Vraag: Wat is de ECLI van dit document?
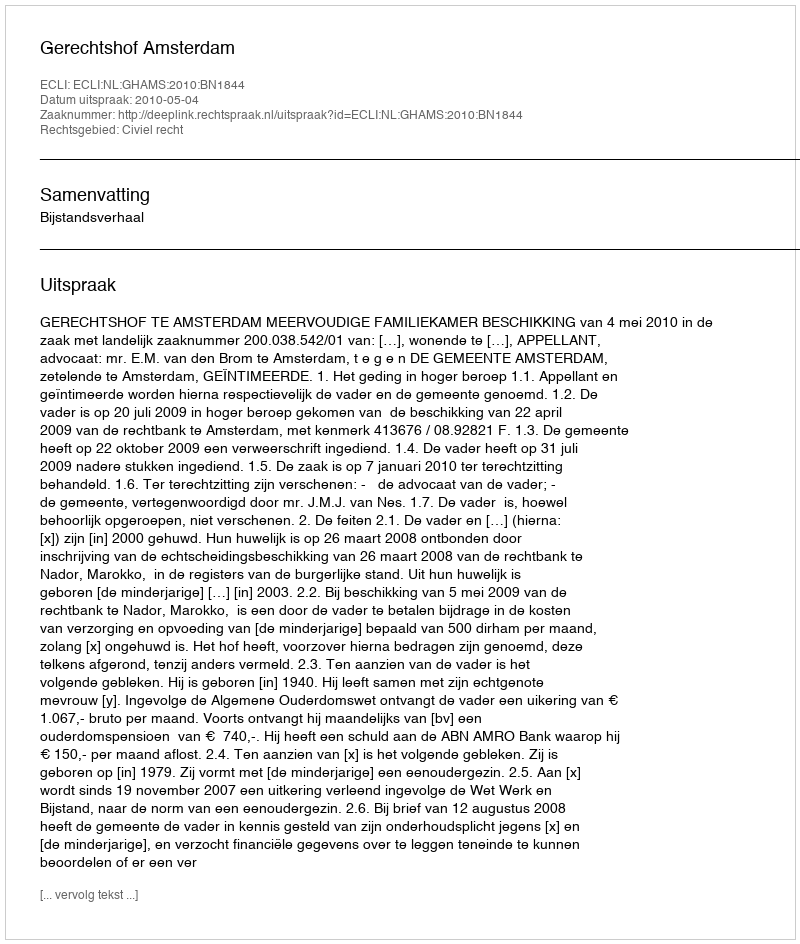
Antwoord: ECLI:NL:GHAMS:2010:BN1844